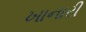
ખાનારી